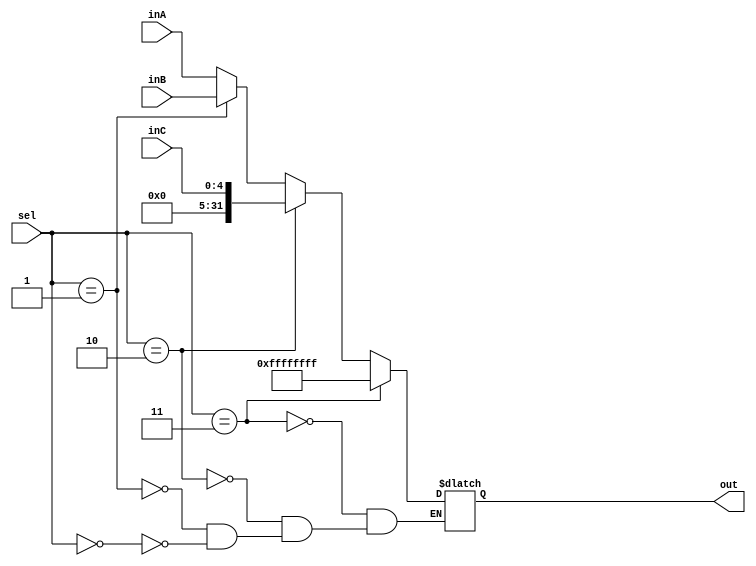
`timescale 1ns / 1ps

////////////////////////////////////////////////////////////////////////////////
// ECE369 - Computer Architecture
// 
// Module - Mux32Bit2To1.v
// Description - Performs signal multiplexing between 2 32-Bit words.
////////////////////////////////////////////////////////////////////////////////

module Mux32Bit3To1(out, inA, inB, inC, sel);

    output reg [31:0] out;
    
    input [31:0] inA;
    input [31:0] inB;
    input [4:0] inC;
    input [1:0] sel; 
    
    always @(sel, inA, inB, inC)
    begin
        if(sel == 2'b00) begin
            out <= inA;
        end
        if(sel == 2'b01) begin
            out <= inB;
        end
        if(sel == 2'b10) begin
            out <= {{27{1'b0}}, inC[4:0]};
        end
        if(sel == 2'b11) begin
           out <= -1; // this is not assigned to anything, consider as an error case
        end
     end
endmodule